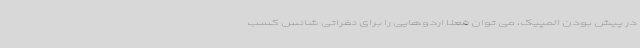
در پیش بودن المپیک، می توان فعلا اردوهایی را برای نفراتی شانس کسب